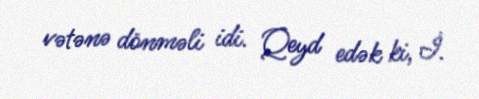
vətənə dönməli idi. Qeyd edək ki, İ.